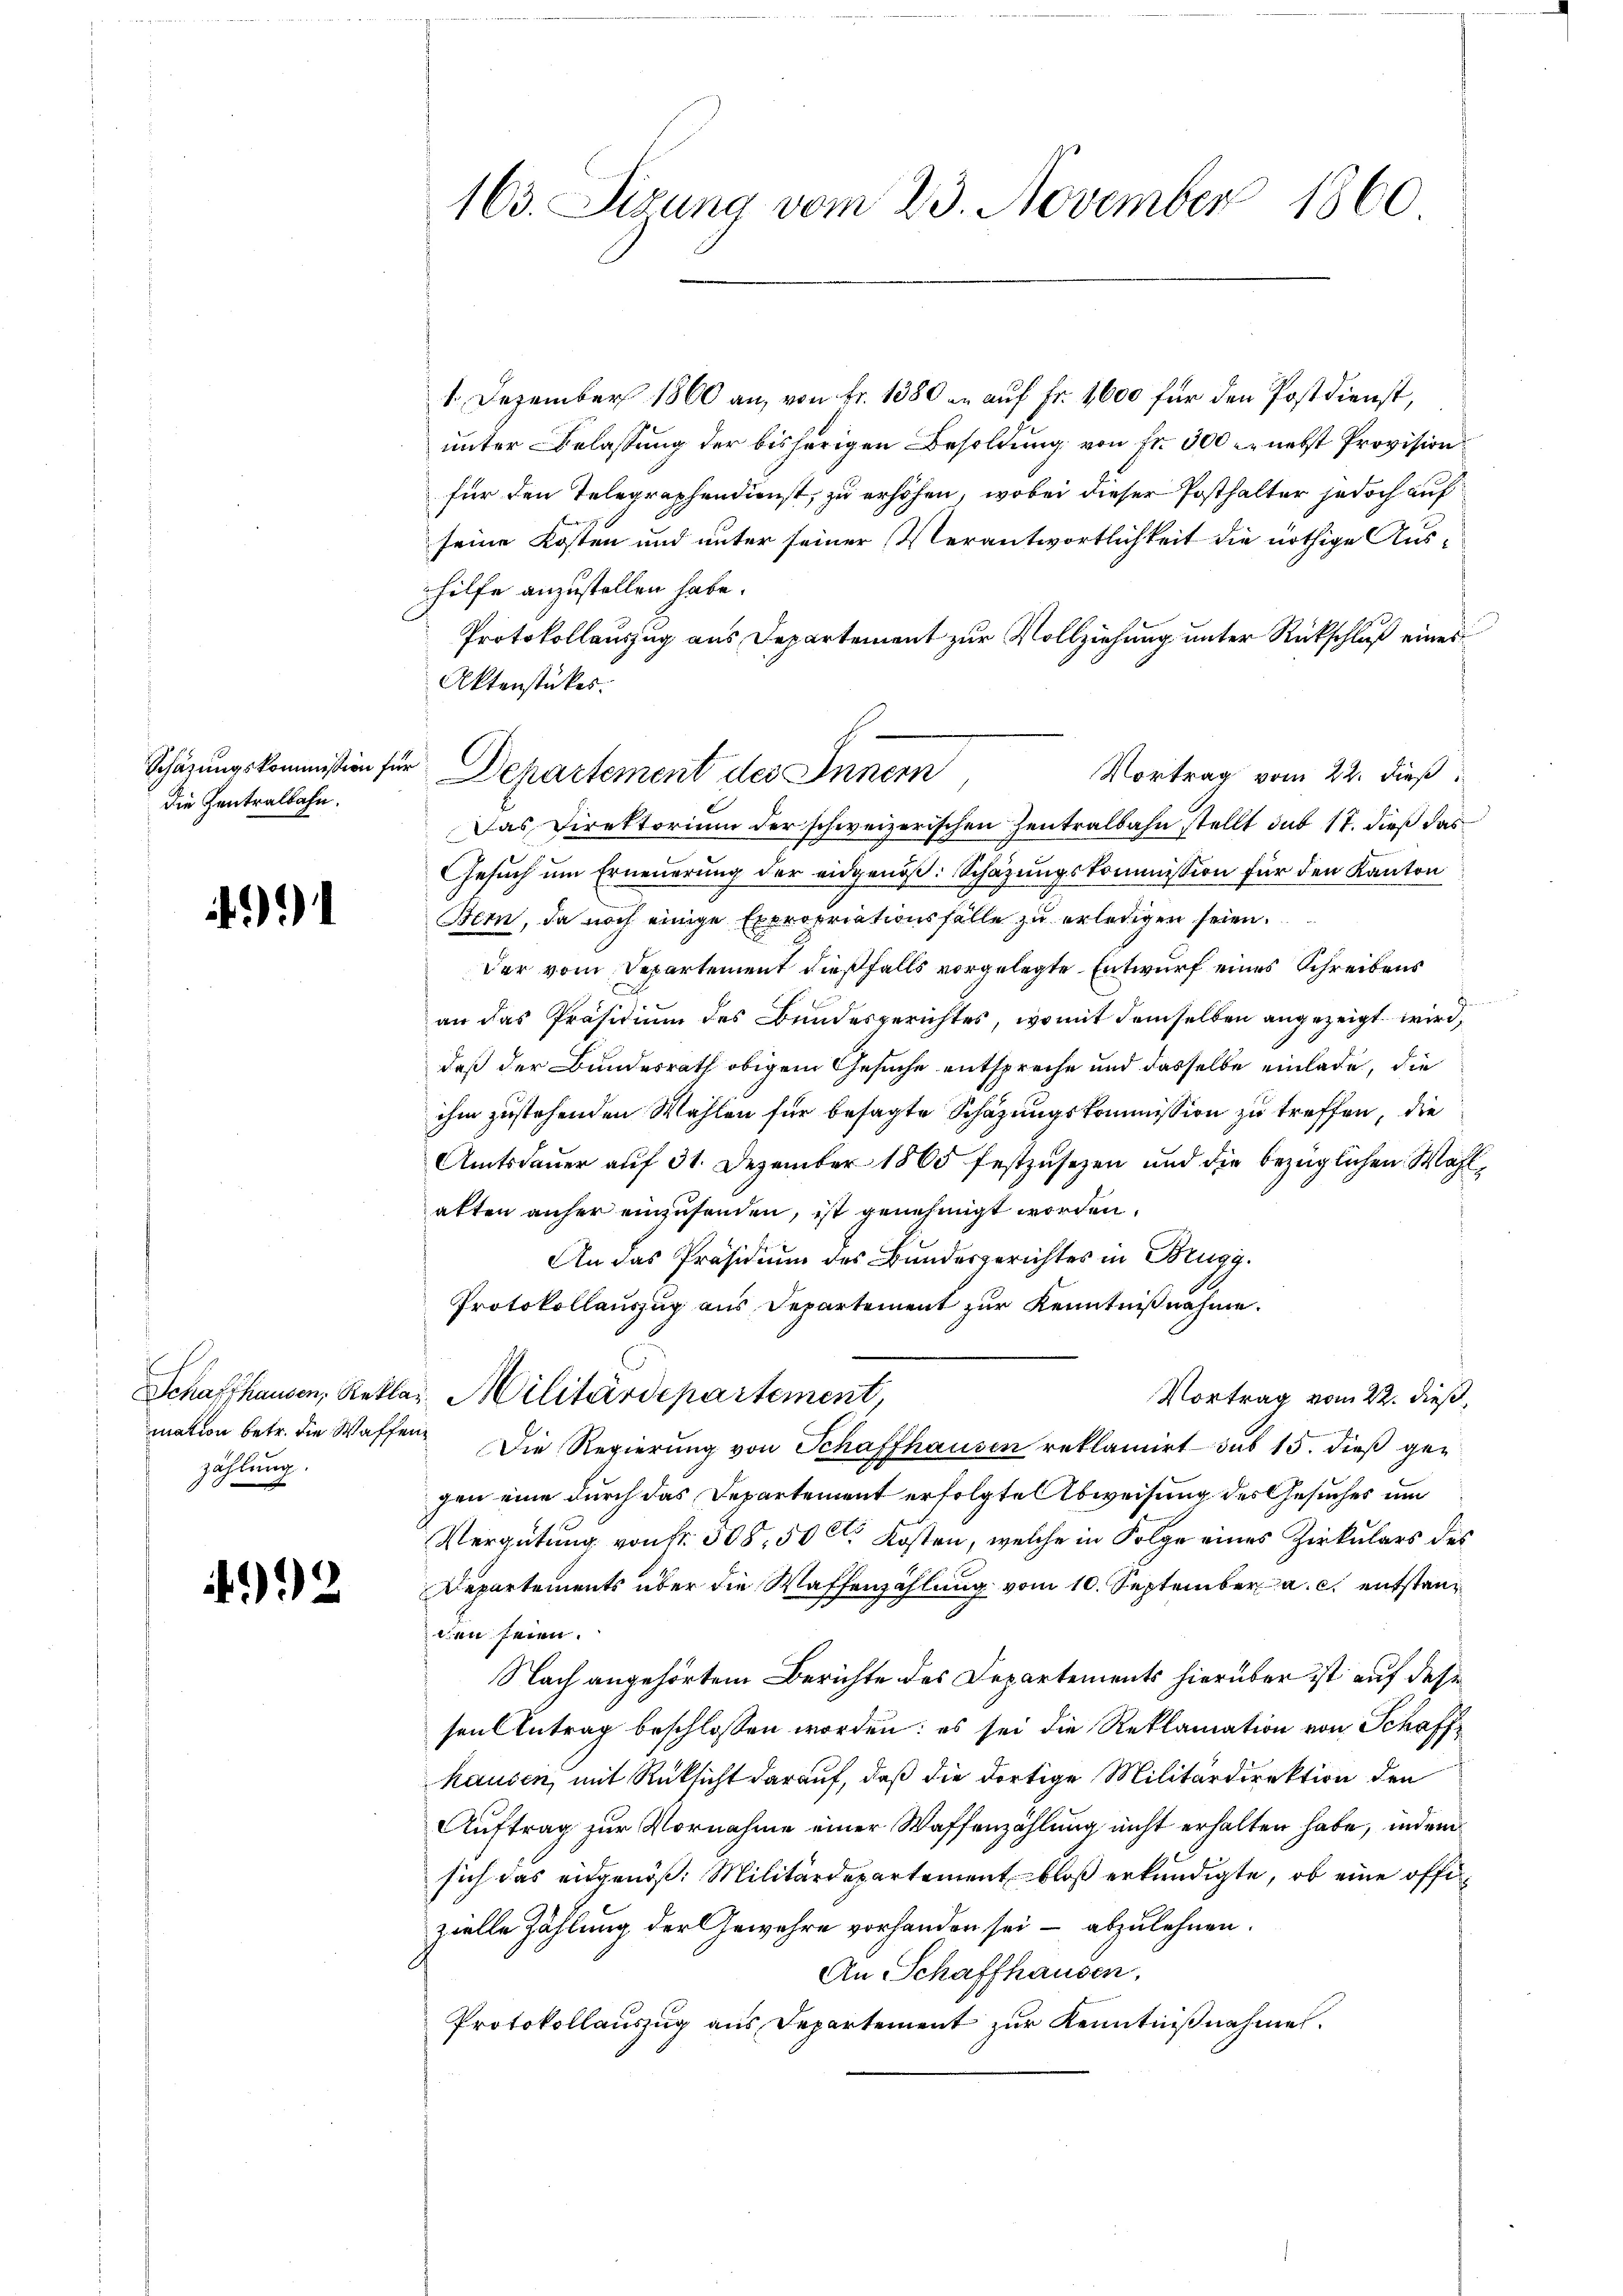
Schäzungskommission für
Die Zentralbahn.

zählung.

992

1. Dezember 1860 an, von Fr. 1380 an auf Fr. 1600 für den Postdienst,
unter Belassung der bisherigen Besoldung von Fr. 300 nebst Provision
für den Telegraphendienst, zu erhöhen, wobei dieser Posthalter jedoch auf
seine Kosten und unter seiner Verantwortlichkeit die nöthige Aushilfe anzustellen habe.
Protokollauszug aus Departement zur Vollziehung unter Rückschluß eines
Aktenstückes.
Vortrag vom 22. dieß
Das Direktorium der schweizerischen Zentralbahn stellt sub 17. dieß das
Gesuch um Erneuerung der eidgenoß: Schätzungskommission für den Kanton
Bern, da noch einige Expropriationsfälle zu erledigen seien.
Der vom Departement dießfalls vorgelegte Entwurf eines Schreibens
an das Präsidium des Bundesgerichtes, womit demselben angezeigt wird,
daß der Bundesrath obigem Gesuche entspreche und dasselbe einlade, die
ihm zustehenden Wahlen für besagte Schazungskommission zu treffen, die
Amtsdauer auf 31. Dezember 1865 festzusetzen und die bezüglichen Wahlalten anher einzusenden, ist genehmigt worden.
An das Präsidium des Bundesgerichtes in Brugg.
Protokollauszug aus Departement zur Kenntnißnahme.
Schaffhausen, Reklar Militärdepartement,
Vortrag vom 22. dieß,
mation betr. die Waffen. Die Regierung von Schaffhausen reklamirt sub 15. dieß gegen eine durch das Departement erfolgte Abweisung des Gesuches um
Vergütung von Fr. 508, 50 l. Kosten, welche in Folge eines Zirkulars des
Departements über die Waffenzählung vom 10. September a. c. entstanden seien.
Nach angehörtem Berichte des Departements hierüber ist auf dese
sen Antrag beschlossen worden: es sei die Reklamation von Schaffhausen, mit Rücksicht darauf, daß die dortige Militärdirektion den
Auftrag zur Vornahme einer Waffenzählung nicht erhalten habe, indem
sich das eidgenöß: Militärdepartement bloß erkundigte, ob eine offizielle Zählung der Gewehre vorhanden sei – abzulehnen.
An Schaffhausen.
Protokollauszug aus Departement zur Kenntnißnahme.

163. Sizung vom 23. November 1860

Departement des Innern